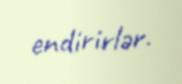
endirirlər.